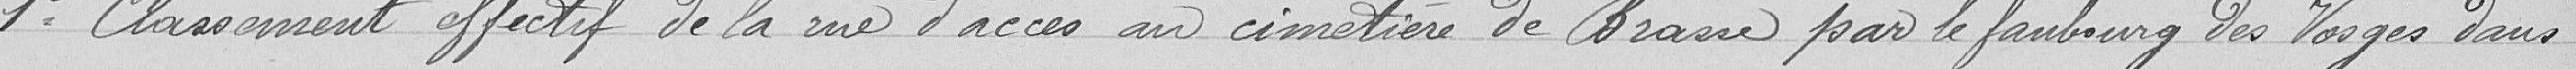
1° Classement effectif de la rue d'accès au cimetière de Brasse par le faubourg des Vosges dans